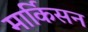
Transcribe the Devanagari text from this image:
मार्किसन